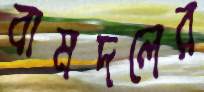
বামদলের